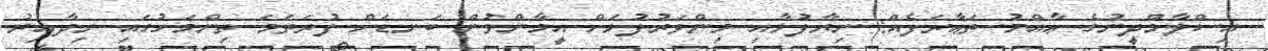
އިސްލާމްދީނުގެ ޢާއްމު ތަޢާރަފެއް: ނިޔާފުޅާއި މިންވަރުފުޅަށް އީމާންވުން ބަނޑަށް ފުރަތަމަ ތިންމަހުގައި ނިދާއިރު